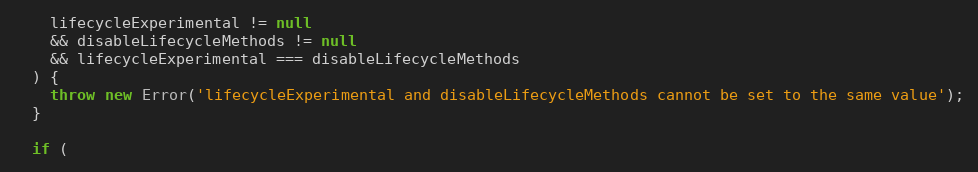
Language: JavaScript
    lifecycleExperimental != null
    && disableLifecycleMethods != null
    && lifecycleExperimental === disableLifecycleMethods
  ) {
    throw new Error('lifecycleExperimental and disableLifecycleMethods cannot be set to the same value');
  }

  if (